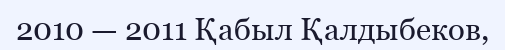
2010 — 2011 Қабыл Қалдыбеков,